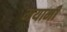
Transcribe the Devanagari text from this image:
मयामी